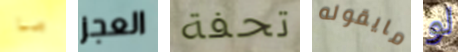
ما العجز تحفة مايقوله لو